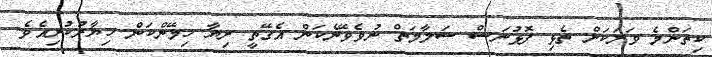
ކިތަންމެ ވަރަކަށް ތެޅި ފޮޅުނަސް ސަލާމަތް ނުވެވޭނެކަން އެގޭތީ ރިޔާ ހިމޭންކަން ޚިޔާރުކުރިއެވެ.